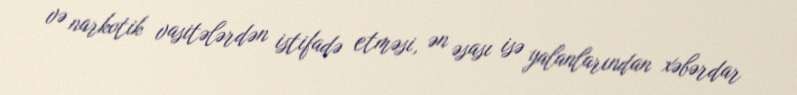
və narkotik vasitələrdən istifadə etməsi, ən əsası isə yalanlarından xəbərdar